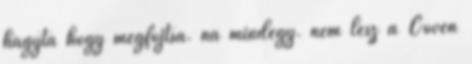
hagyta hogy megfojtsa. na mindegy. nem lesz a Coven